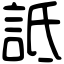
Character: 詆